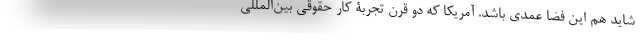
شاید هم این فضا عمدی باشد. آمریکا که دو قرن تجربۀ کار حقوقی بین‌المللی